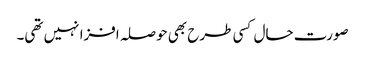
صورت حال کسی طرح بھی حوصلہ افزا نہیں تھی۔